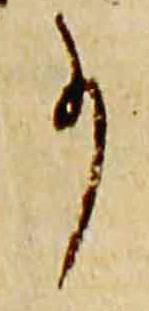
事